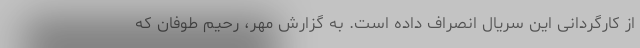
از کارگردانی این سریال انصراف داده است. به گزارش مهر، رحیم طوفان که